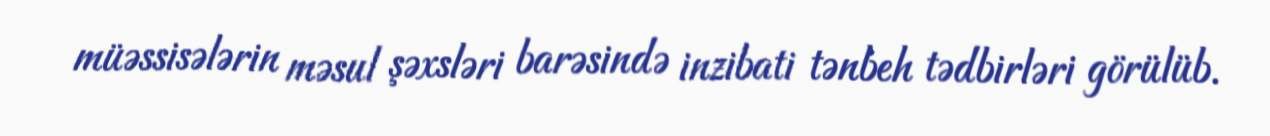
müəssisələrin məsul şəxsləri barəsində inzibati tənbeh tədbirləri görülüb.